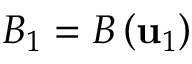
{ \cal B } _ { 1 } = { \cal B } \left( { \bf u } _ { 1 } \right)